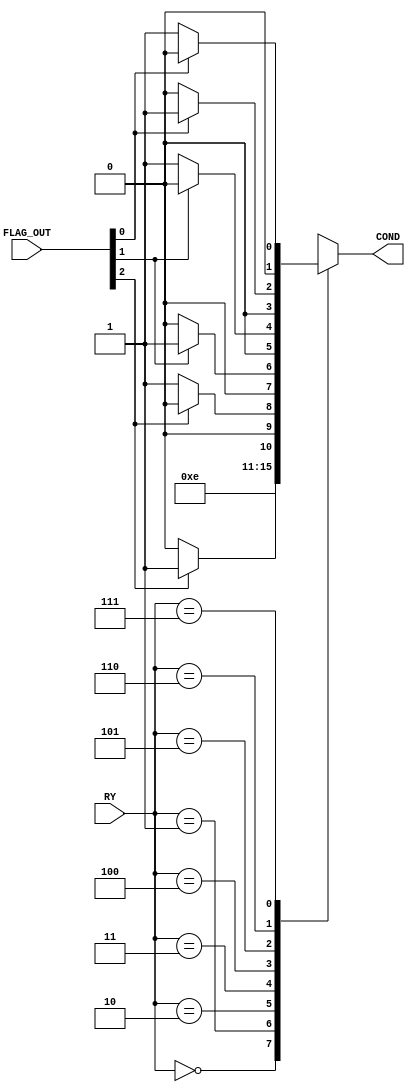
`timescale 1ns / 1ps

module Jump(
    input [2:0] FLAG_OUT,
    input [2:0] RY,
    output reg[1:0] COND
    );
    always@(FLAG_OUT,RY)
            begin
                case(RY)
                    3'b000: COND <= 2'b01;
                    3'b001: COND <= 2'b11;
                    3'b010:
                        begin
                            if (FLAG_OUT[2] == 1)
                                COND <= 2'b01;
                            else
                                COND <= 2'b00;
                        end
                    3'b011:
                        begin
                            if (FLAG_OUT[2] == 0)
                                COND <= 2'b01;
                            else
                                COND <= 2'b00;
                        end
                    3'b100:
                        begin
                            if (FLAG_OUT[1] == 1)
                                COND <= 2'b01;
                            else
                                COND <= 2'b00;
                        end
                    3'b101:
                        begin
                            if (FLAG_OUT[1] == 0)
                                COND <= 2'b01;
                            else
                                COND <= 2'b00;
                        end
                    3'b110:
                        begin
                            if (FLAG_OUT[0] == 1)
                                COND <= 2'b01;
                            else
                                COND <= 2'b00;
                        end
                    3'b111:
                        begin
                            if (FLAG_OUT[0] == 0)
                                COND <= 2'b01;
                            else
                                COND <= 2'b00;
                        end
                    default:
                        begin
                            COND <= 2'b00;
                        end
                endcase
            end
endmodule